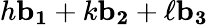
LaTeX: h\mathbf{b_{1}}+k\mathbf{b_{2}}+\ell\mathbf{b_{3}}